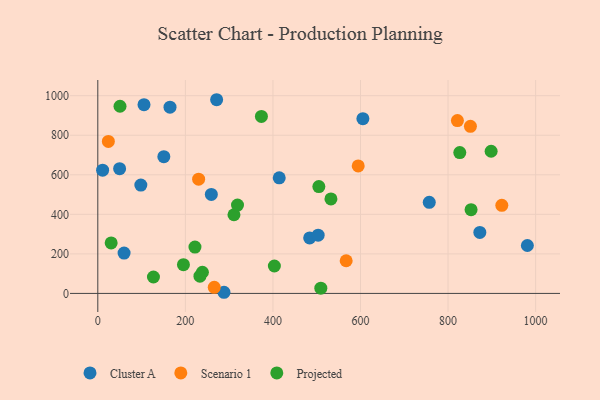
{"axis": {"x": "Experience", "y": "Rating"}, "legend": ["Cluster A", "Projected", "Scenario 1"], "data": [{"x": "98.3", "y": 547.9, "type": "Cluster A"}, {"x": "271.4", "y": 979.7, "type": "Cluster A"}, {"x": "981.2", "y": 242.3, "type": "Cluster A"}, {"x": "605.5", "y": 884.0, "type": "Cluster A"}, {"x": "483.9", "y": 280.5, "type": "Cluster A"}, {"x": "11.0", "y": 623.6, "type": "Cluster A"}, {"x": "164.9", "y": 942.2, "type": "Cluster A"}, {"x": "503.3", "y": 294.8, "type": "Cluster A"}, {"x": "757.1", "y": 461.0, "type": "Cluster A"}, {"x": "288.2", "y": 5.8, "type": "Cluster A"}, {"x": "105.5", "y": 954.8, "type": "Cluster A"}, {"x": "872.6", "y": 308.6, "type": "Cluster A"}, {"x": "414.4", "y": 584.6, "type": "Cluster A"}, {"x": "60.0", "y": 204.0, "type": "Cluster A"}, {"x": "49.8", "y": 630.9, "type": "Cluster A"}, {"x": "259.3", "y": 500.7, "type": "Cluster A"}, {"x": "150.8", "y": 691.4, "type": "Cluster A"}, {"x": "594.8", "y": 644.9, "type": "Scenario 1"}, {"x": "851.1", "y": 845.0, "type": "Scenario 1"}, {"x": "821.4", "y": 874.4, "type": "Scenario 1"}, {"x": "24.1", "y": 768.6, "type": "Scenario 1"}, {"x": "230.3", "y": 578.0, "type": "Scenario 1"}, {"x": "922.8", "y": 445.6, "type": "Scenario 1"}, {"x": "567.3", "y": 165.2, "type": "Scenario 1"}, {"x": "266.0", "y": 30.9, "type": "Scenario 1"}, {"x": "898.4", "y": 719.0, "type": "Projected"}, {"x": "532.5", "y": 477.9, "type": "Projected"}, {"x": "50.7", "y": 946.7, "type": "Projected"}, {"x": "852.6", "y": 423.6, "type": "Projected"}, {"x": "195.6", "y": 145.6, "type": "Projected"}, {"x": "509.4", "y": 26.5, "type": "Projected"}, {"x": "238.9", "y": 107.1, "type": "Projected"}, {"x": "30.5", "y": 255.5, "type": "Projected"}, {"x": "233.3", "y": 87.2, "type": "Projected"}, {"x": "311.0", "y": 397.8, "type": "Projected"}, {"x": "403.3", "y": 138.8, "type": "Projected"}, {"x": "373.7", "y": 895.0, "type": "Projected"}, {"x": "127.1", "y": 83.1, "type": "Projected"}, {"x": "221.9", "y": 234.6, "type": "Projected"}, {"x": "826.8", "y": 712.4, "type": "Projected"}, {"x": "504.9", "y": 540.2, "type": "Projected"}, {"x": "319.1", "y": 447.1, "type": "Projected"}]}